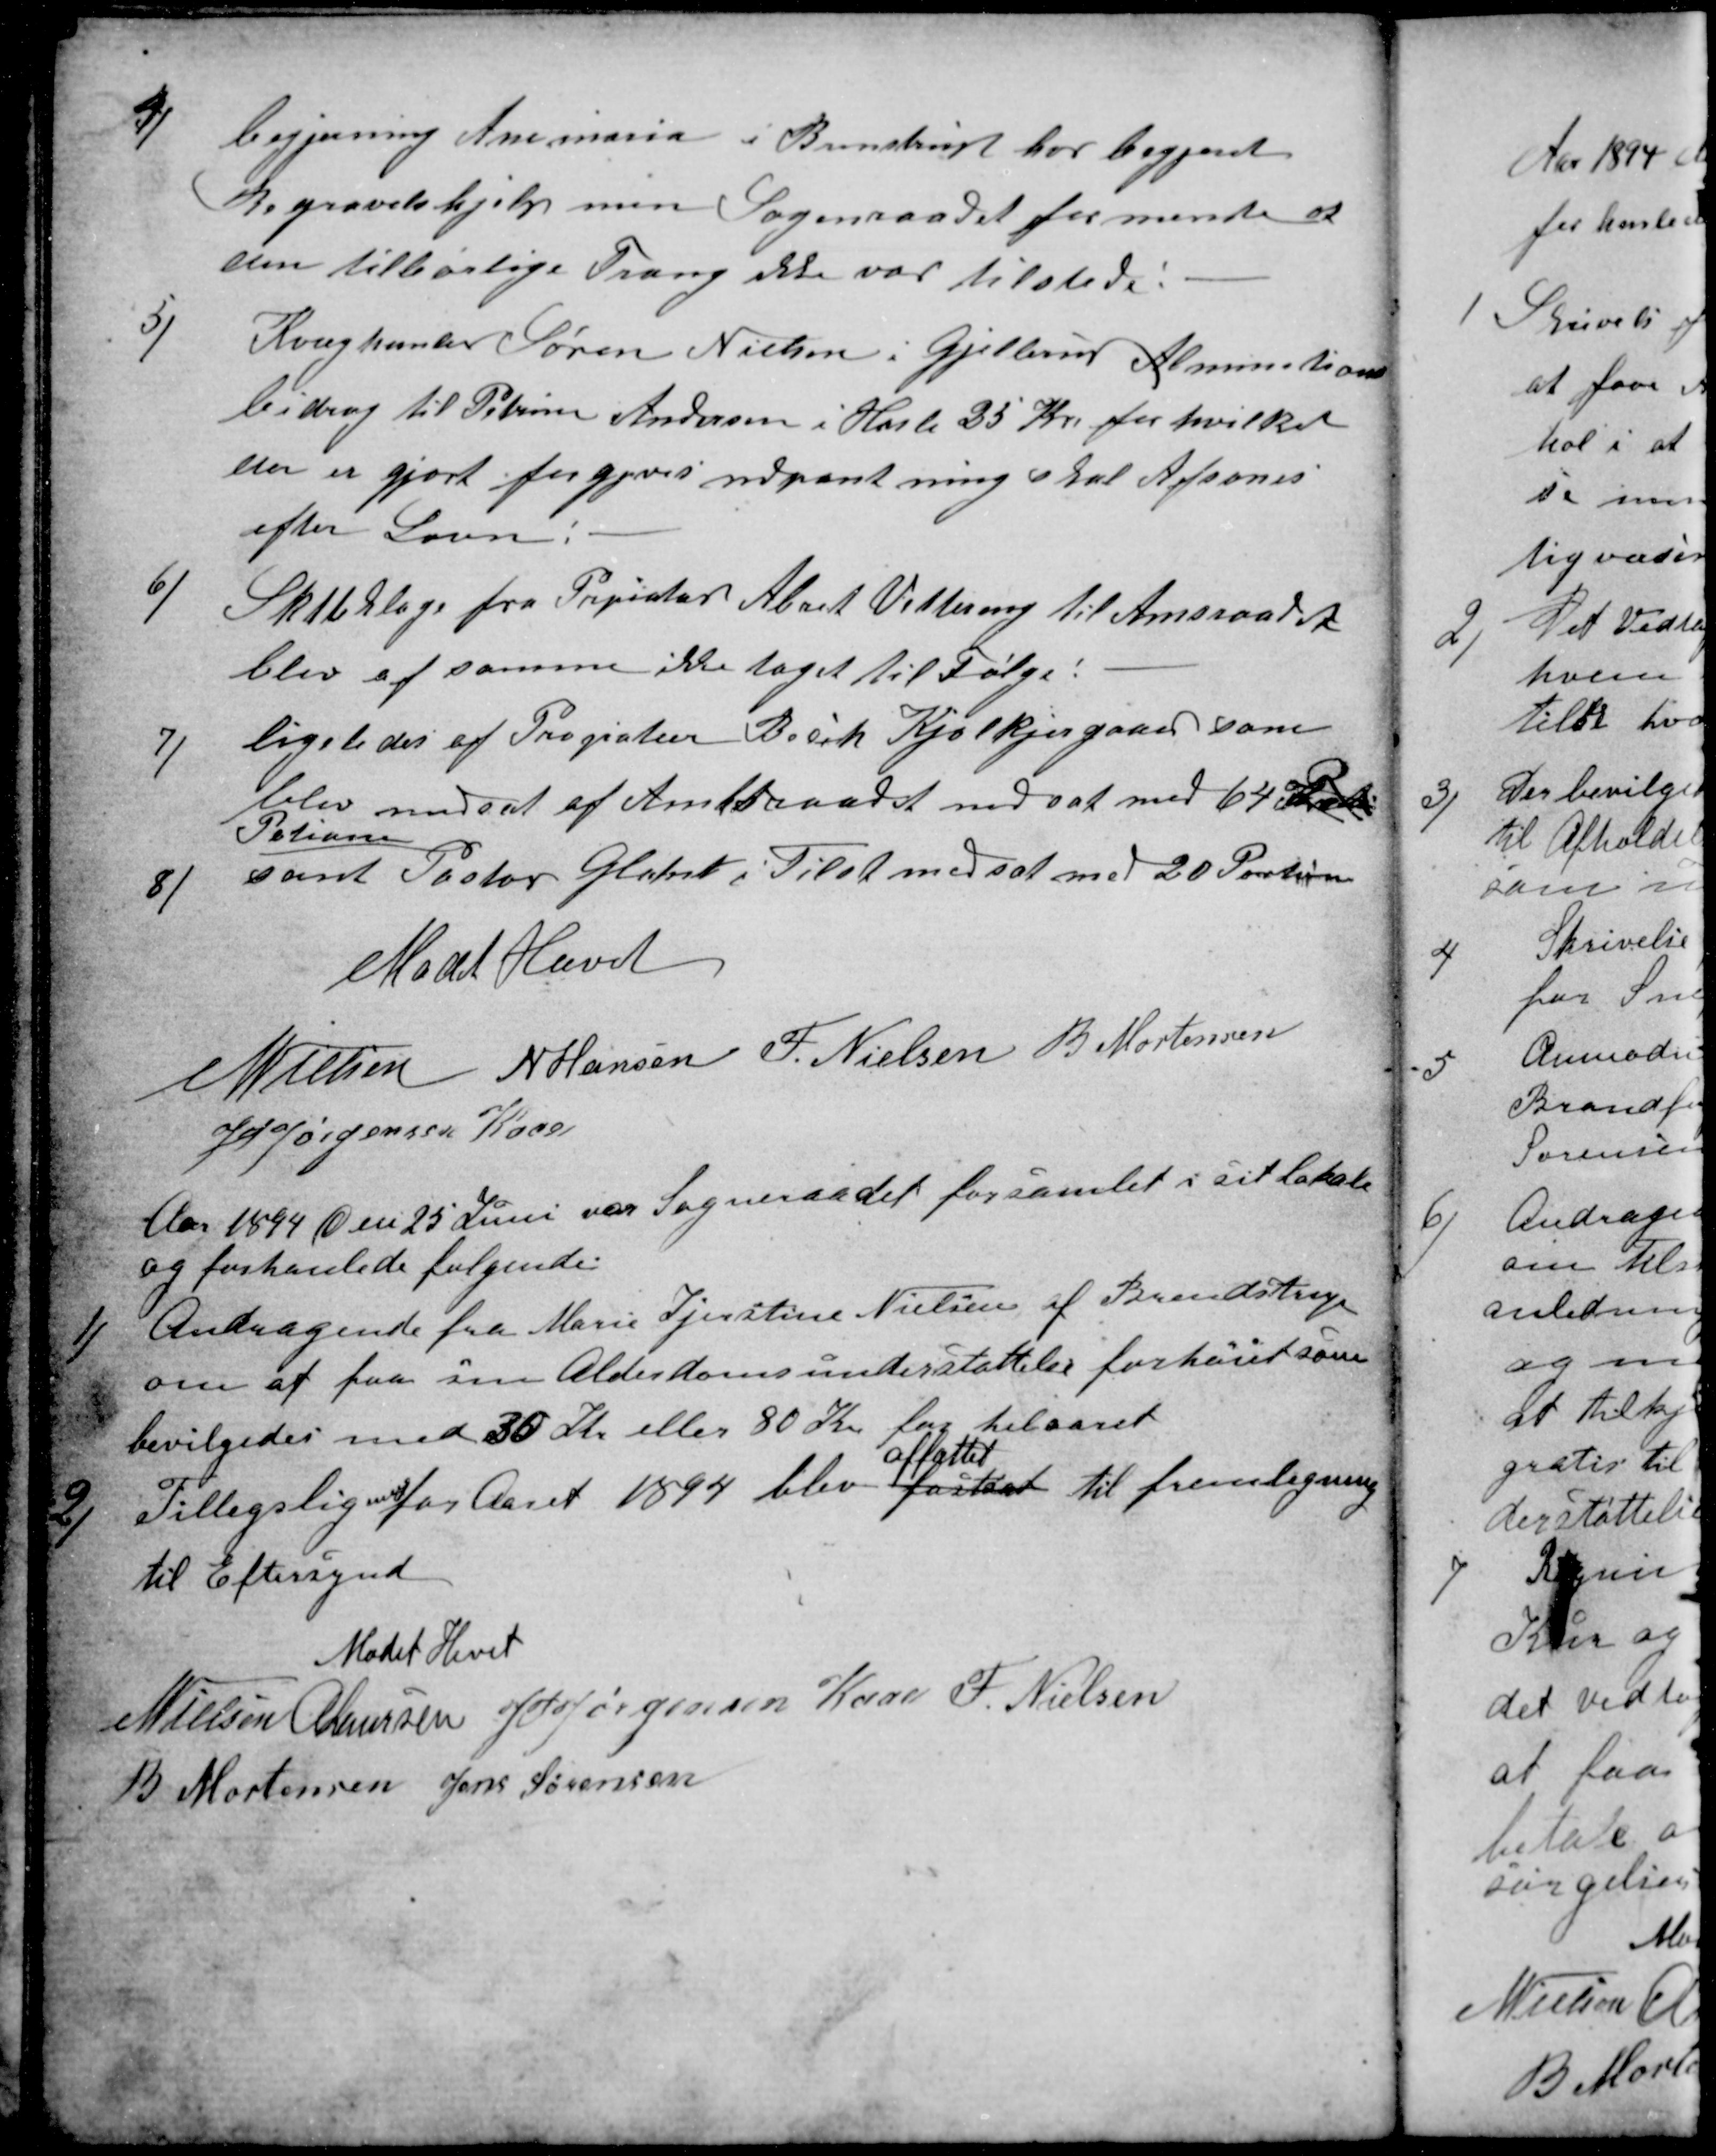
Transskription:
4)
begjering Anemaria i Brenstrup har begjeret
Begravelshjelp men Sogneraadet formente at
den tilbørlige Trang ikke var tilstede:
5)
Kvæghanler Søren Nielsen i Gjellerup Alminations
bidrag til Petrine Andersen i Hasle 25 Kr. for hvilket
der er gjort forgjeves udpantning skal Afsones
efter Loven:
6)
Skatteklage fra Propiatær Abart Vestereng til Amtsraadet
blev af samme ikke taget til Følge:
7)
ligeledes af Propiater Bech Kjolkjergaard som
blev nedsat af Amtsraadet nedsat med 64 Kr
Potioner
8)
samt Pastor Glahn i Tilst nedsat med 20 Portioner
Mødet Hævet
N Nielsen N Hansen F. Nielsen B. Mortensen
J PJørgensen Kaae
Aar 1894 den 25 Juni var Sogneraadet forsamlet i sit lokale
og forhanlede følgende.
1)
Andragende fra Marie Kjerstine Nielsen af Brendstrup
om at faa sin Alderdomsunderstøttelse forhøiet som
bevilgedes med 30 Kr eller 80 Kr for helaaret
2)
Tillegsligning for Aaret 1894 blev fastsat 
affattet
til fremlegning
til Eftersynd
Mødet Hevet
N Nielsen
A Laursen
J P Jørgensen Kaae
F. Nielsen
B Mortensen
Jens Sørensen